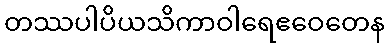
တဿပါပိယသိကာဝါရေဧဝေတေန